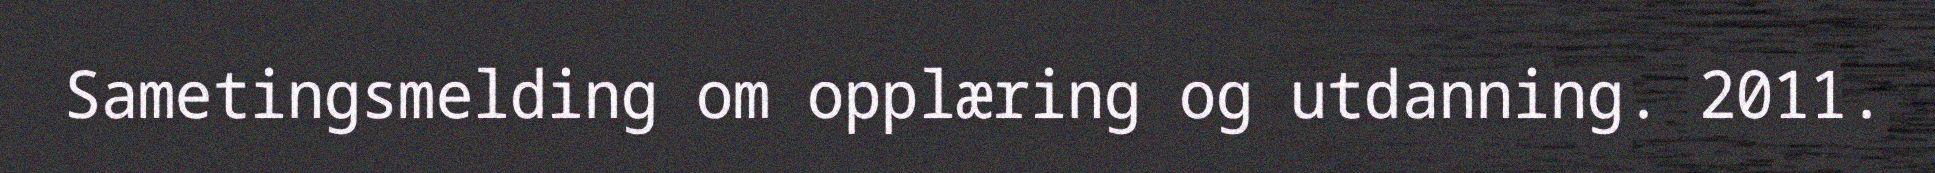
Sametingsmelding om opplæring og utdanning. 2011.